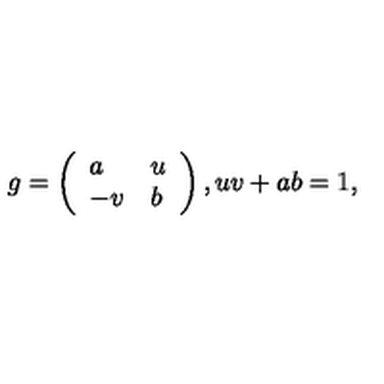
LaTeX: g = \left( \begin{array} { l l } { a } & { u } \\ { - v } & { b } \\ \end{array} \right) , u v + a b = 1 ,